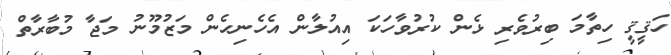
ހަޤީޤީ ހިތާމަ ބިރުވެރި ޅެން ކުރުވާހަކަ އިއުލާން އެހެނިހެން މަޒުމޫނު މަޖާ މުބާރާތް